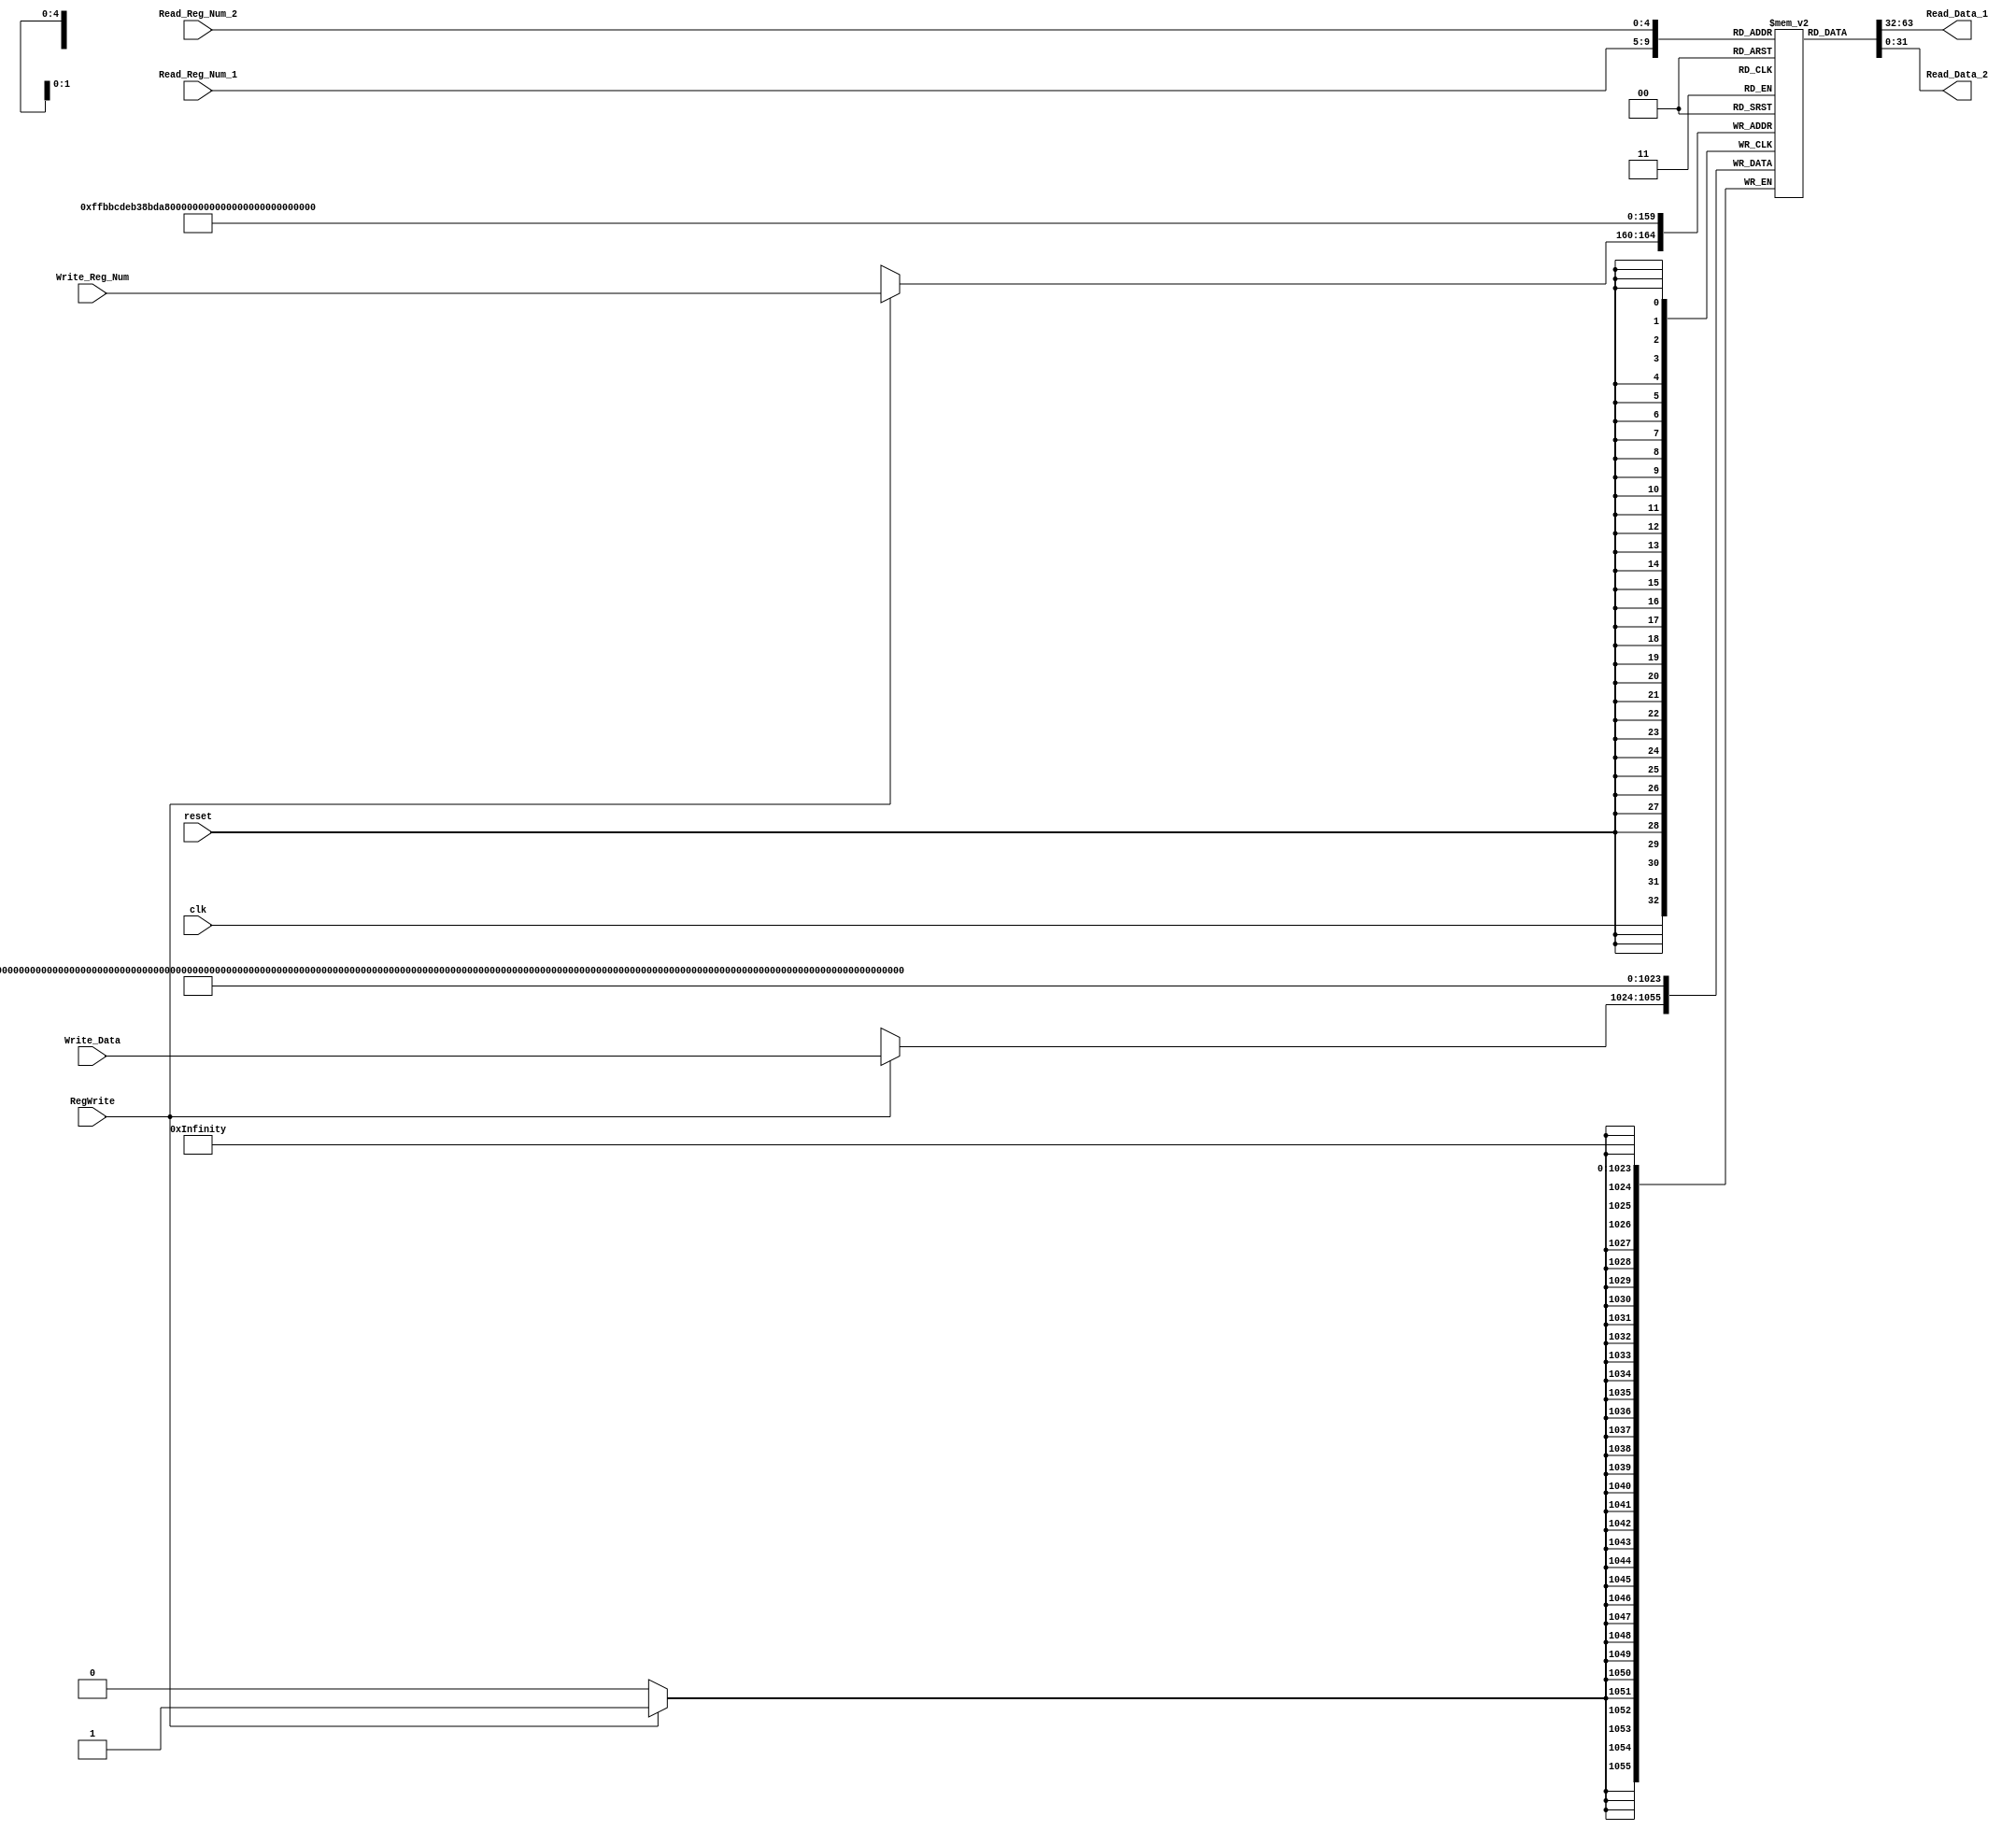
// REGISTER FILE FOR INSTRUCTION DECODE UNIT
// contains 32, 32 bit registers that can be read 2 at a time asynchronously and written at positive clock edge

module Register_file(
input [4:0] Read_Reg_Num_1,
input [4:0] Read_Reg_Num_2,
input [4:0] Write_Reg_Num,
input [31:0]Write_Data,
input RegWrite,
input clk,
input reset,
output [31:0] Read_Data_1,
output [31:0] Read_Data_2
);

//32 32-bit Registers
reg [31:0] Reg [0:31];

//Asynchronously read data 
assign Read_Data_1=Reg[Read_Reg_Num_1]; //Read data present a register location referenced to by Read_Reg_Num_1 into Read_Data_1

assign Read_Data_2=Reg[Read_Reg_Num_2]; //Read data present a register location referenced to by Read_Reg_Num_2 into Read_Data_2

always @ (posedge clk)
begin

//Write data into registers depending on state of RegWrite at positive edge of clock
if(RegWrite)
begin
	Reg[Write_Reg_Num] <= Write_Data;  //Reg referenced to by Write Reg_Num is conferred the value carried by Write_Data
end
end
//Write numbers into registers on reset(active low). Here reset is given to be an asynchronous input.
always @ (negedge reset)
begin
	Reg[0]=0; Reg[1]=1; Reg[2]=2; Reg[3]=3; Reg[4]=4;
	Reg[5]=5; Reg[6]=6; Reg[7]=7; Reg[8]=8; Reg[9]=7;
	Reg[10]=10; Reg[11]=11; Reg[12]=12; Reg[13]=13;
	Reg[14]=14;	Reg[15]=15; Reg[16]=16; Reg[17]=17;
	Reg[18]=18; Reg[19]=19; Reg[20]=20; Reg[21]=21;
	Reg[22]=22; Reg[23]=23; Reg[24]=24; Reg[25]=25;
	Reg[26]=26; Reg[27]=27; Reg[28]=28; Reg[29]=29;
	Reg[30]=30; Reg[31]=31;
end

endmodule